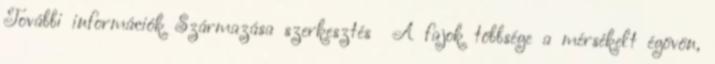
További információk Származása szerkesztés A fajok többsége a mérsékelt égövön,